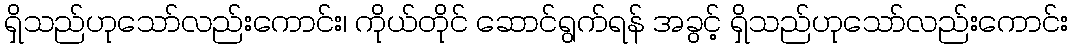
ရှိသည်ဟုသော်လည်းကောင်း၊ ကိုယ်တိုင် ဆောင်ရွက်ရန် အခွင့် ရှိသည်ဟုသော်လည်းကောင်း